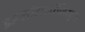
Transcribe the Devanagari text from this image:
इम्प्लांटोलॉजिस्ट्स